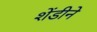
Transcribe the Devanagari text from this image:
शेंडीने